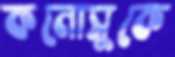
কনোসুকে